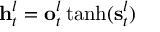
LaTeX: \mathbf { h } _ { t } ^ { l } = \mathbf { o } _ { t } ^ { l } \operatorname { t a n h } ( \mathbf { s } _ { t } ^ { l } )